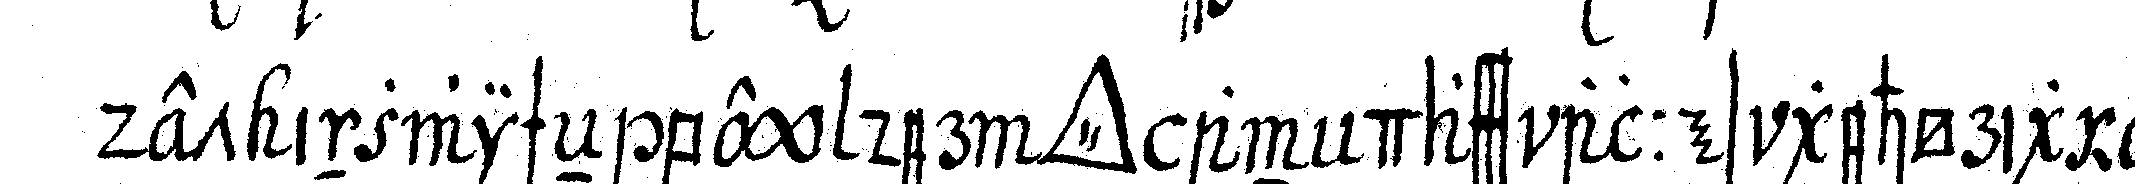
det inzwischeN bey der *tri..* an dass alles gehörig prä